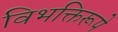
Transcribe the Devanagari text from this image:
विभक्तिरूपे